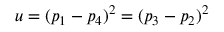
u = ( p _ { 1 } - p _ { 4 } ) ^ { 2 } = ( p _ { 3 } - p _ { 2 } ) ^ { 2 }